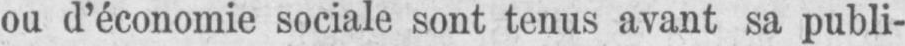
ou d’économie sociale sont tenus avant sa publi-